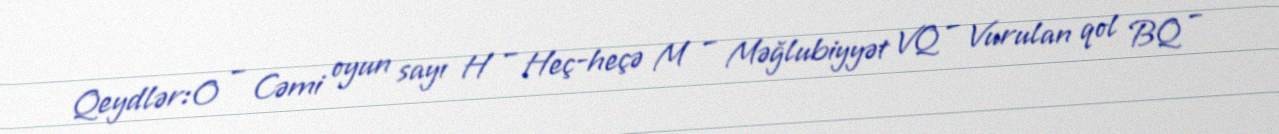
Qeydlər:O – Cəmi oyun sayı H – Heç-heçə M – Məğlubiyyət VQ – Vurulan qol BQ –